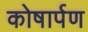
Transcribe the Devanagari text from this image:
कोषार्पण